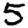
Digit: 5